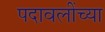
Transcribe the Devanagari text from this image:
पदावलींच्या